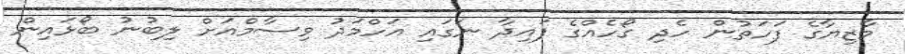
މާޒިޔާގެ ފަހަތުން ހެދި ގޯހެއްގެ ފައިދާ ނަގައި އަހްމަދު ވިސާމްއަށް ލިބުނު ބޯޅައިން